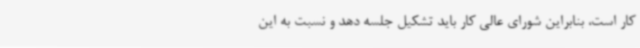
کار است، بنابراین شورای عالی کار باید تشکیل جلسه دهد و نسبت به این